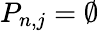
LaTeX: P_{n,j}=\emptyset